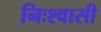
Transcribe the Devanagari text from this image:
निःश्वासी